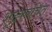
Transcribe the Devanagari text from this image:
शूद्रकरचित